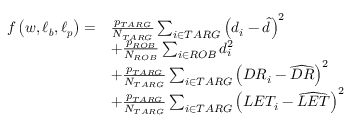
\begin{array} { r l } { f \left( \boldsymbol { w } , \boldsymbol { \ell _ { b } } , \boldsymbol { \ell _ { p } } \right) = } & { \frac { p _ { T A R G } } { N _ { T A R G } } \sum _ { i \in T A R G } \left( d _ { i } - \hat { d } \right) ^ { 2 } } \\ & { + \frac { p _ { R O B } } { N _ { R O B } } \sum _ { i \in R O B } d _ { i } ^ { 2 } } \\ & { + \frac { p _ { T A R G } } { N _ { T A R G } } \sum _ { i \in T A R G } \left( D R _ { i } - \widehat { D R } \right) ^ { 2 } } \\ & { + \frac { p _ { T A R G } } { N _ { T A R G } } \sum _ { i \in T A R G } \left( L E T _ { i } - \widehat { L E T } \right) ^ { 2 } } \end{array}